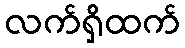
လက်ရှိထက်